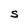
Character: S